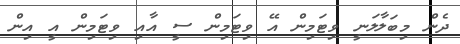
ދެން މިބަލާލަނީ ވިޓަމިން އޭ ވިޓަމިން ސީ އާއި ވިޓަމިން އީ އިން